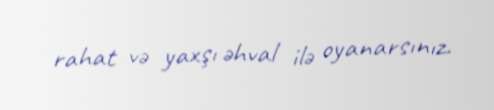
rahat və yaxşı əhval ilə oyanarsınız.